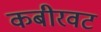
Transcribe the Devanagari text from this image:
कबीरवट